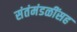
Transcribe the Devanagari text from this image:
संतंमंडळींसह